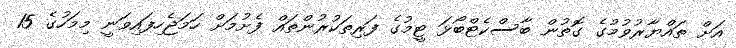
އަށް ތައްޔާރުވުމުގެ ގޮތުން ބާސްކެޓްބޯޅަ ޓީމުގެ ފަރިތަކުރުންތައް ފެށުމަށް ހަމަޖެހިފައިވަނީ މިމަހުގެ 15